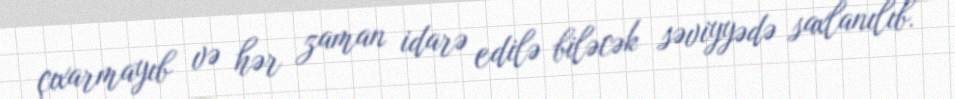
çıxarmayıb və hər zaman idarə edilə biləcək səviyyədə saxlanılıb.